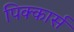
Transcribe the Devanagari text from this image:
पिक्कार्स